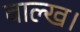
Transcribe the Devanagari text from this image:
बाल्ख।